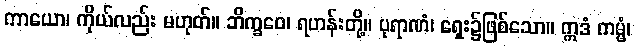
ကာယော၊ ကိုယ်လည်း မဟုတ်။ ဘိက္ခဝေ၊ ရဟန်းတို့။ ပုရာဏံ၊ ရှေး၌ဖြစ်သော။ ဣဒံ ကမ္မံ၊